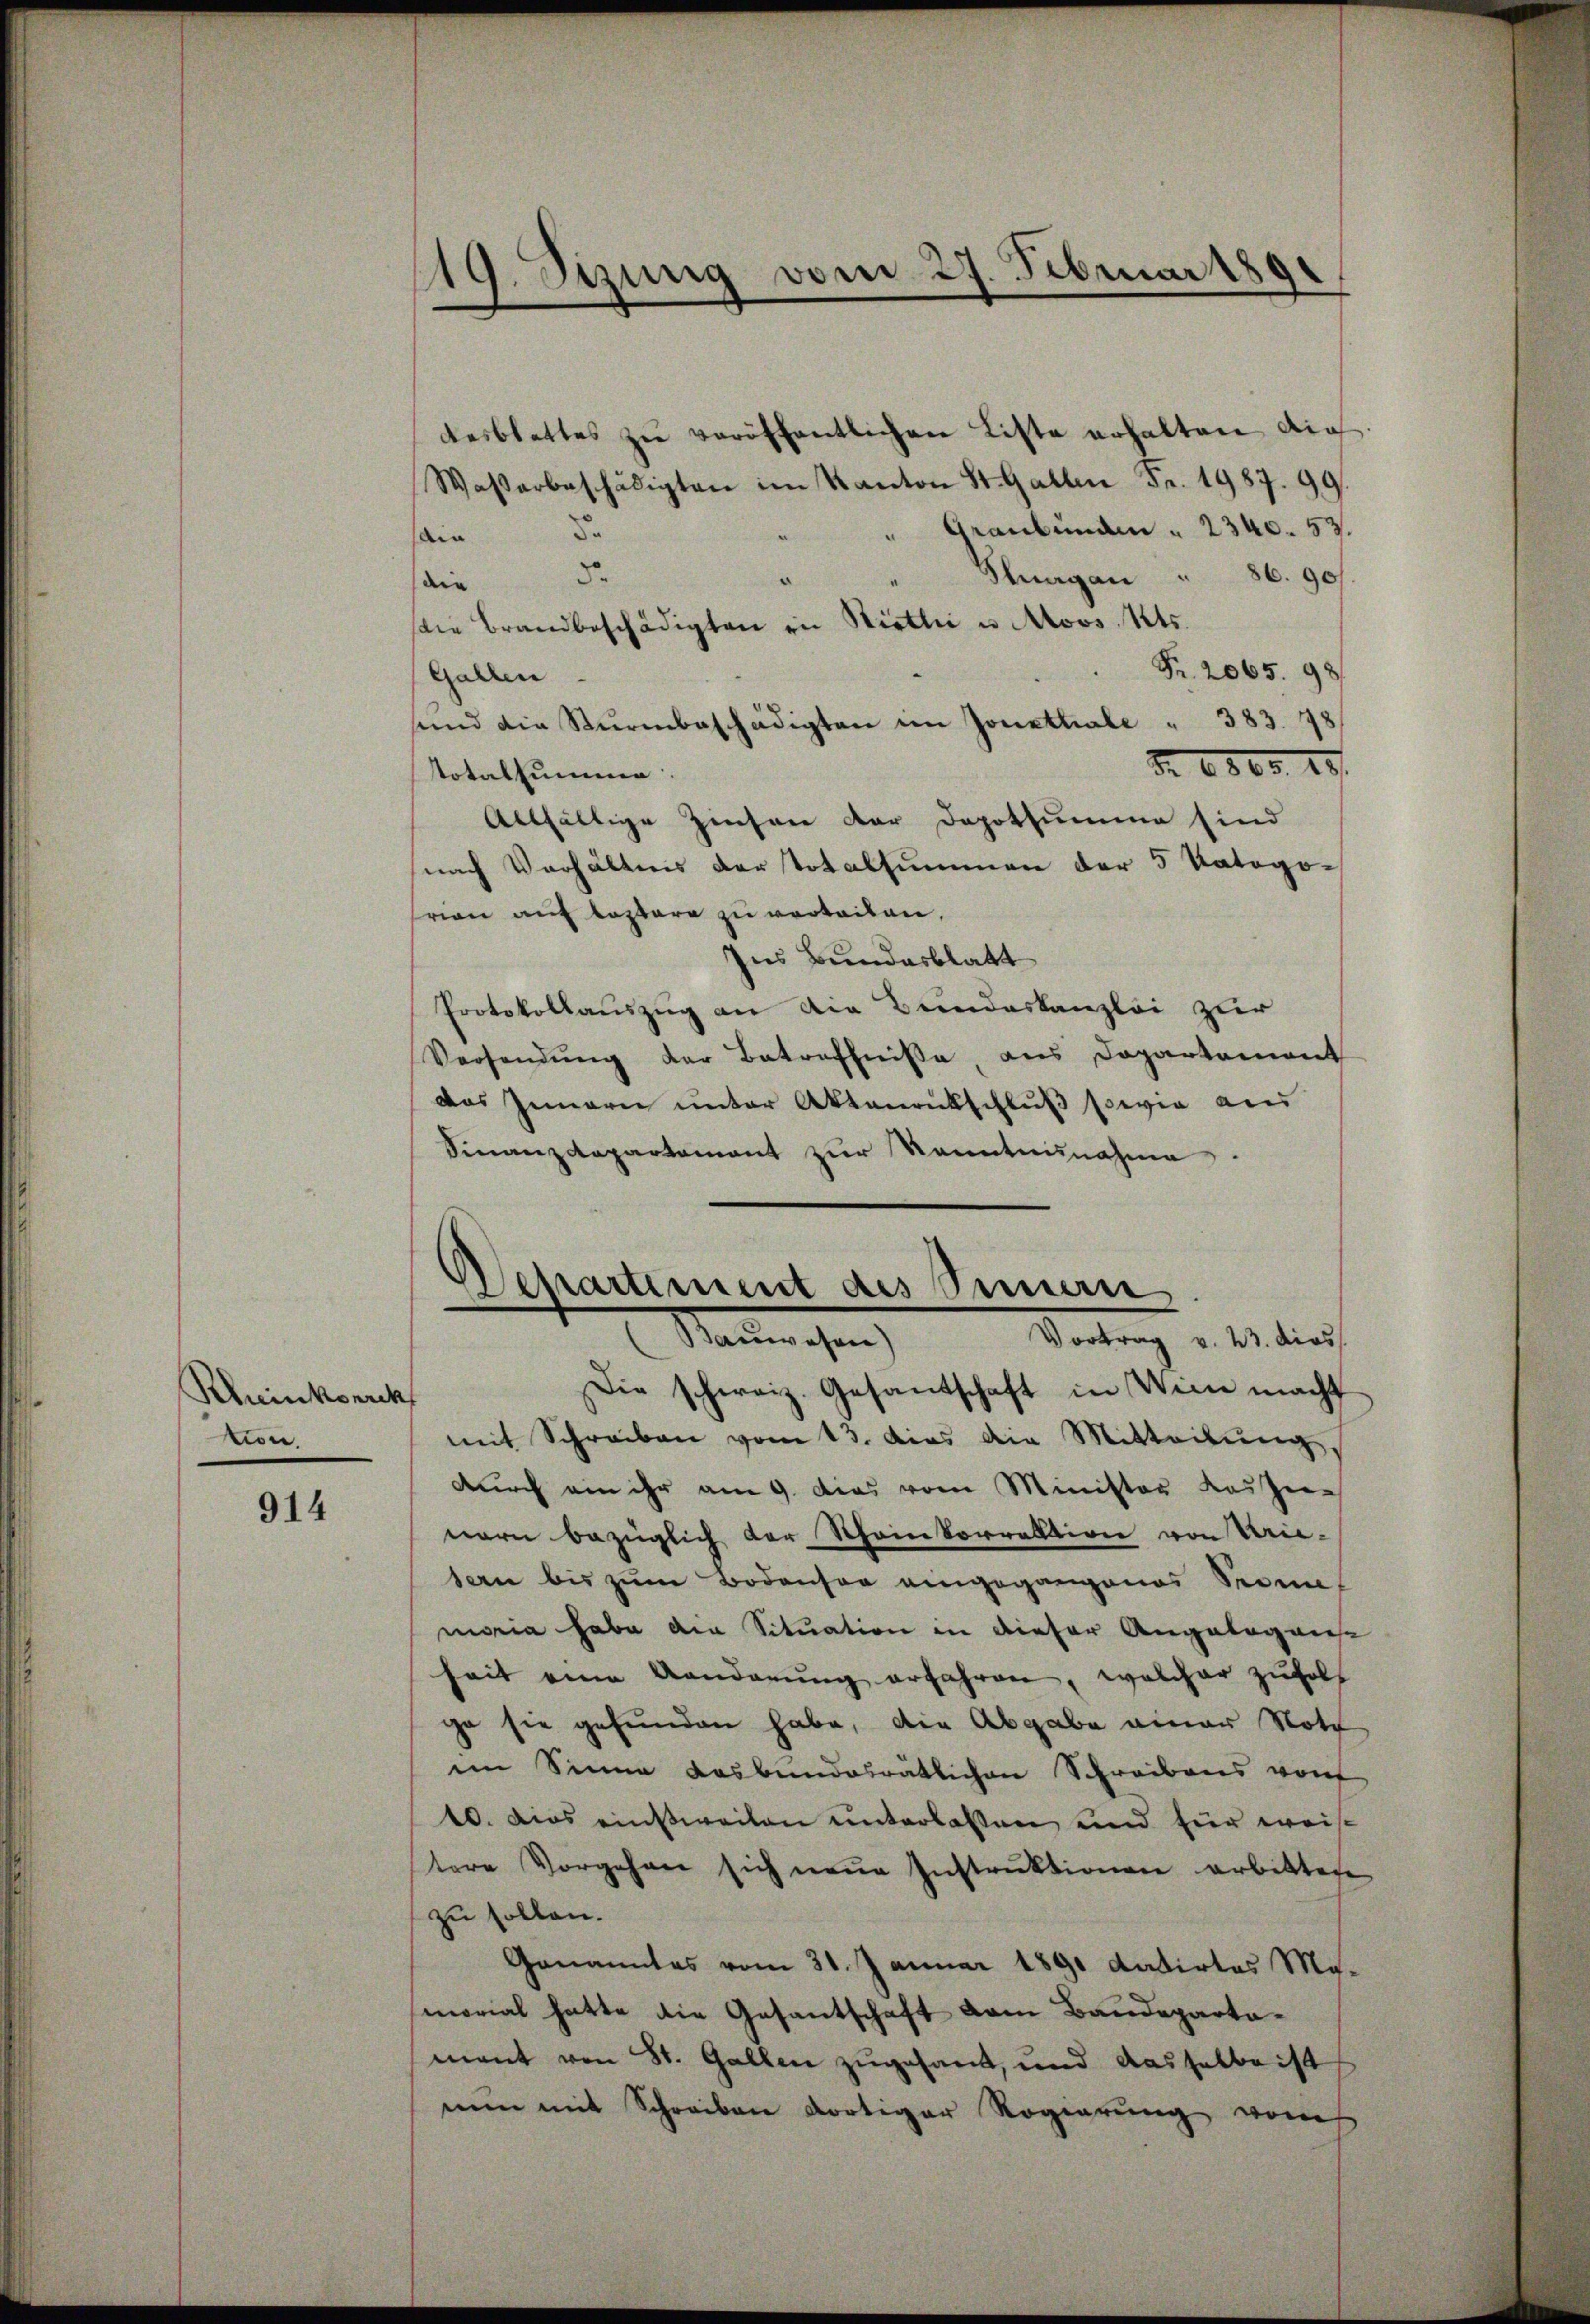
Rhinkorrek
tion.

914

desblattes zŭ veröffentlichen Liste erhalten auch
Waßerbeschädigten im Kanton St. Gallen Fr. 1987. 99.
Graubünden " 2340. 53.
da
ain
d
Shagan " 86. 901
die
ie Brandbeschädigten in Nietli u. Moos, Kts.
Fr. 2065. 98
Gallen
sind die Stŭrmbeschädigten im Jonethale " 383. 78
Nr. 1865. 28.
Totalsumme.
Allfältige Zinsen der Depotsumme sind
nach Verhältnis der Totalsummen der 5 Kategorion auf lappare zu verteilen,
Ins Bundesblatt
Protokollauszug an die Bundeskanzlei zur
Versendŭng der Betreffnisse, aus Departement
Das Innern unter Aktenrückschluß sowie aus
Finanzdepartement zŭr Kenntnisnahme

119. Sizung vom 27. Februar 180

Departement des Sinnern
Vortrag v. 23. dies
Namen ihren

Die schweiz. Gesantschaft in Wien macht
mit Schreiben vom 13. dies die Mitteilŭng,
durch ein ihr am 9. Das vom Minister Kasser
nern bezüglich der Scheinkorrektion von Urie-
sern bis zum Bodensee eingegangenes Semes
moria habe die Situation in dieser Angelegens
heit eine Aenderŭng erfahren, welcher zufol
ge sie gefunden habe, die Abgabe einer Note
im Sinne das bundesrätlichen Schreibens von
10. dies einweiten unterlassen und für weis
tere Vorgehen sich neue Instruktionen erbittete
zu sollen.
Genanntes vom 31. Januar 1890 datirtes Ma-
morial hatte die Gesantschaft vom Baudepartamant von St. Gallen zugesant, und dasselbe ist
nun mit Schreiben dortiger Regierung vom